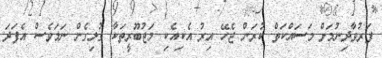
ފަރުވާދިނުމަށް މަސައްކަތް ކުރަން ޖެހޭ އިރު އެކިއެކި މަޖުބޫރީތަކާ ގުޅިގެން ނަމަވެސް އެފަދަ